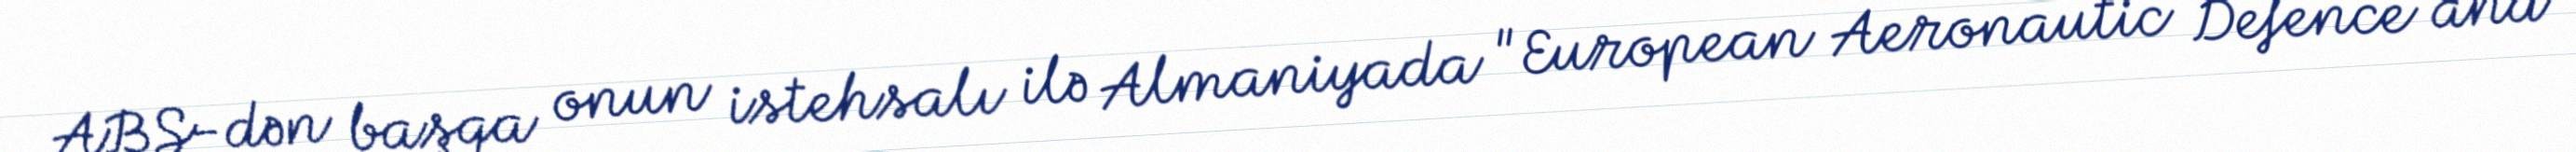
ABŞ-dən başqa onun istehsalı ilə Almaniyada "European Aeronautic Defence and